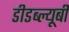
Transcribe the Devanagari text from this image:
डीडब्ल्यूबी